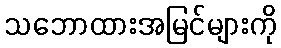
သဘောထားအမြင်များကို